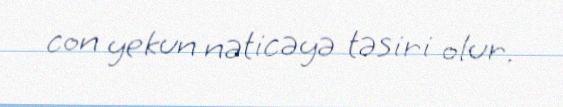
con yekun nəticəyə təsiri olur.